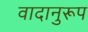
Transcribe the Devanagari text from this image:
वादानुरूप